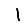
Digit: 1